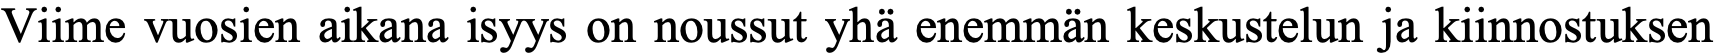
Viime vuosien aikana isyys on noussut yhä enemmän keskustelun ja kiinnostuksen